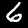
Digit: 6